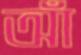
আঁ